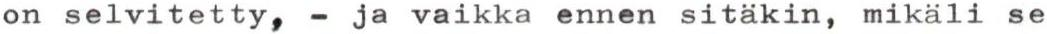
on selvitetty, - ja vaikka ennen sitäkin, mikäli se